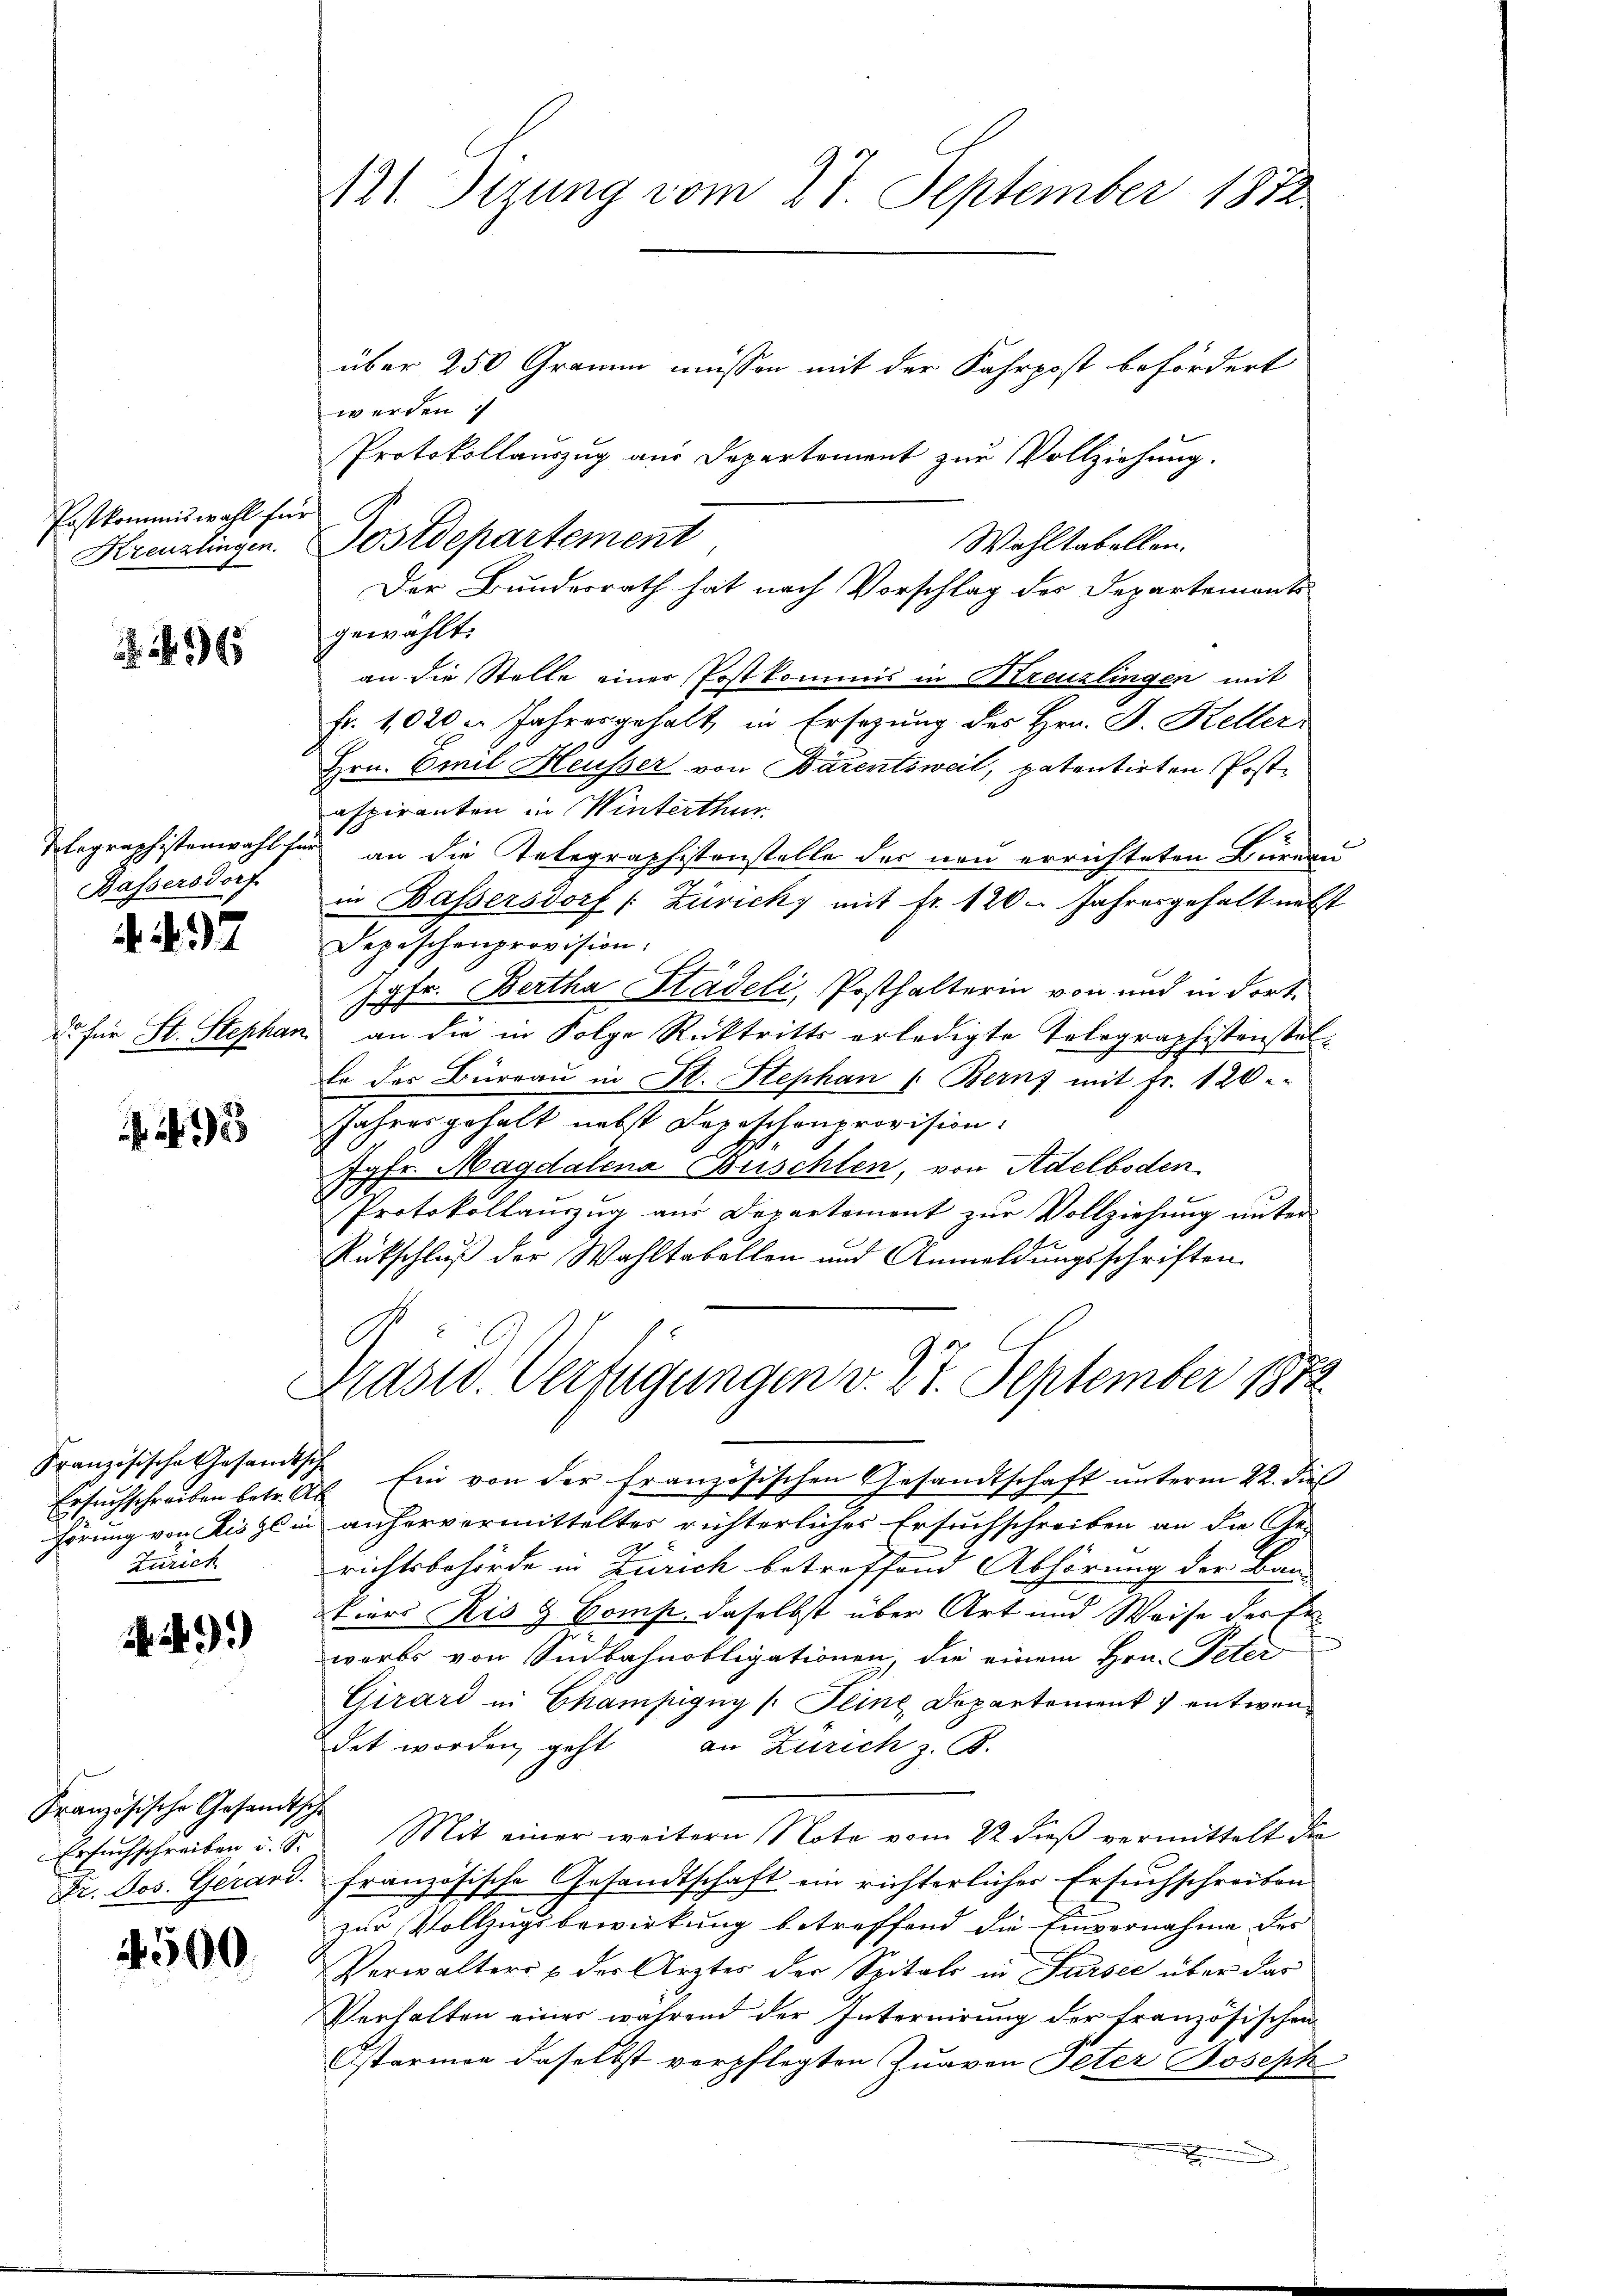
121. Derung vom 27. September 1882

über 250 Gramm müssen mit der Fahrpost befördert
werden
Protokollauszug aus Departement zur Vollziehung.
Postdepartement
Wahltabellen.
gewählt:
an die Stelle einer Postkommis in Kreuzlingen mit
Fr. 1020 l. Jahresgehalt in Ersezung des Hrn. F. Keller,
Hrn. Emil Heusser von Bärentsweil, patentirten Postespiranten in Winterthur.
 an die Telegraphistenstelle der neu errichteten Bureau
in Bassersdorf (Zürich) mit Fr. 120. Jahresgehalt nebst
Depeschenprovision.
Jgfr. Bertha Städeli, Posthalterin von und in dort.
an die in Folge Rücktritts erledigte Telegraphistenstello der Büreaŭ in St. Stephan 1. Bern mit fr. 120
Jahrer gehalt nebst Depeschenprovision.
Jgfr. Magdalena Buschlen, von Adelboden
Protokollauszug aus Departement zur Vollziehung unter
Rütschluß der Wahltabellen und Anmeldungsschriften
C
Prast. Verfügungen v. 27. September 1872
Französische Gesandtsch Ein von der französischen Gesandtschaft unterm 22. dieß
hörung von Riszl in anhervermitteltes richterliches Ersuchschreiben an die Ge-
richtsbehörde in Zürich betreffend Abhörung der Bau
Viors Ris & Comp. daselbst über Art und Weise der Erwerbs von Südbahnobligationen, die einem Hrn. Peter
Girard in Chamfügng /: Feine Departement entwendet worden geht an Zürich z. B.
s
Ersuchschreiben u. S. Mit einer weitern Note vom 22 dieβ vermittelt den
französische Gesandtschaft ein richterlicher Ersuchschreiben
zur Vollzugsbewirkung betreffend die Einvernahme des
Verwalters & der Ärztes der Spitals in Sursee über das
Verhalten einer während der Internirung der französischen
Osterman daselbst verpflegten Zuavon Peter Joseph
.

ostkommiswahl für
Kreuzlingen.

r

Der Bundesrath hat nach Vorschlag des Departemonte

.1945

Mlagraphistenwahl für
Bassersdorf
4497

d. für St. Stephar

5

ruchschreiben betr. Ab
Ei
Zürich

9)

Französische Gesandtsc
Dr. Jos. Gerand.

4500.